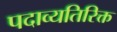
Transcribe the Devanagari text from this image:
पदाव्यतिरिक्त